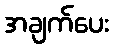
အချက်ပေး